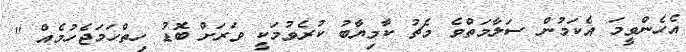
އެހެންވީމަ އެކަމުން ސަލާމަތްވެ މެޗު ކާމިޔާބު ކުރެވުމަކީ ވަރަށް ބޮޑު ހިތްހަމަޖެހުމެއްް "